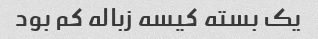
یک بسته کیسه زباله کم بود